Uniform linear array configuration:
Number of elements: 4
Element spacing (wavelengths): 0.5
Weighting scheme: uniform
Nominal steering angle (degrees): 15
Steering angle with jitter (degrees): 15.656
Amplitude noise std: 0.05
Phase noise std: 0.05

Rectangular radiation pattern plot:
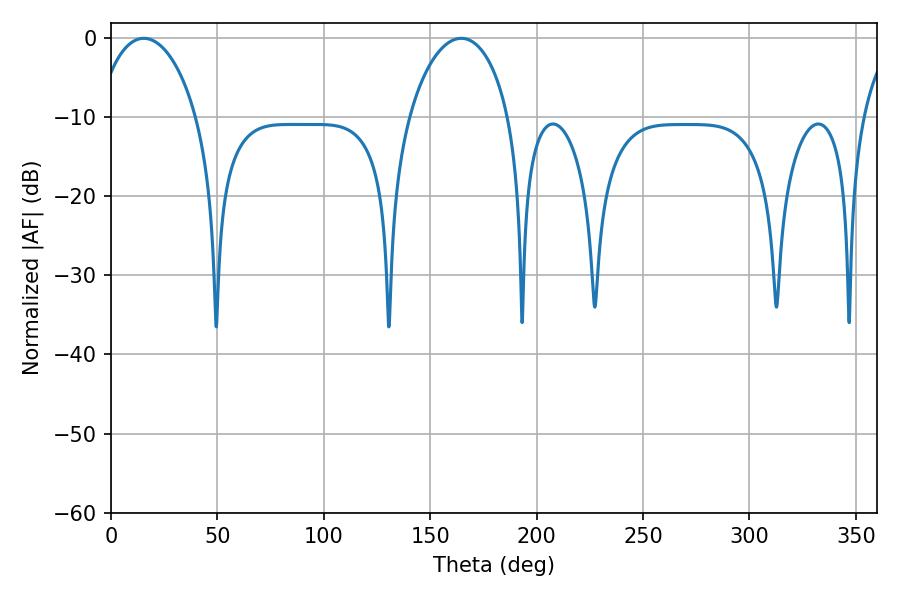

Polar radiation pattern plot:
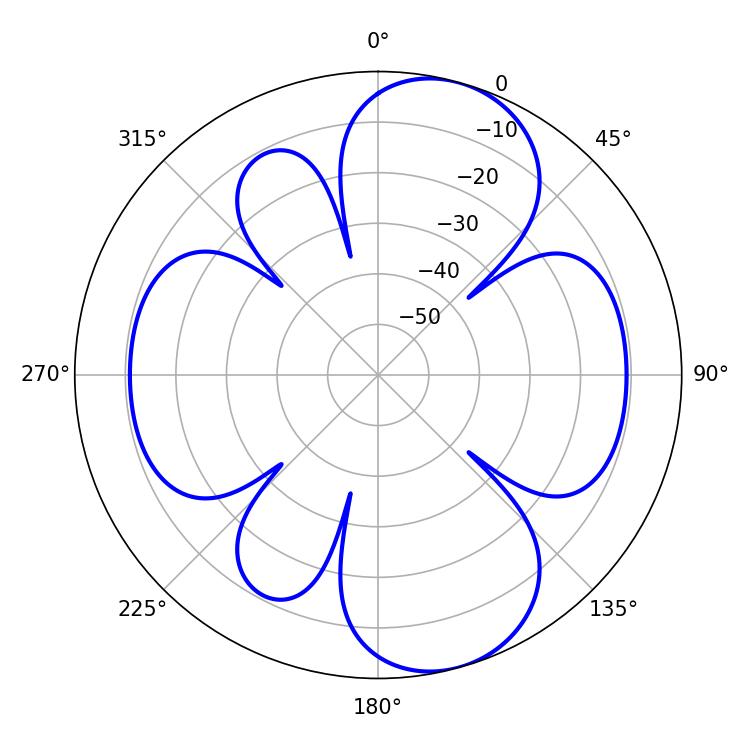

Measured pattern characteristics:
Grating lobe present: FALSE
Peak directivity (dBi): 9.133
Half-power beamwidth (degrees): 27
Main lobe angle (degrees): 15.48